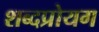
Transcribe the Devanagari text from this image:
शब्दप्रोयग